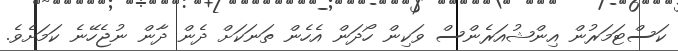
ކަސްޓަމަރުން އިންޝުއަރެންސް ވަކިން ހޯދަން އެހެން ތަނަކަށް ދެން ދާން ނުޖެހޭނެ ކަމަށެވެ.